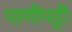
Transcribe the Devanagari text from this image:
पाणीपट्टी